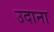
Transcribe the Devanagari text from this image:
उदाना